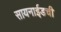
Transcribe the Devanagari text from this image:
सायनाईडची